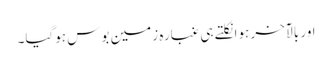
اور بالآخر ہوا نکلتے ہی غبارہ زمین بوس ہوگیا۔